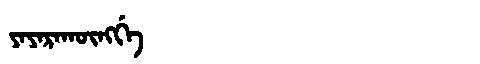
Manchu: ᠶᠠᠶᠠᡵᠠᡴᡡᠩᡤᡝ
Romanization: YAYARAKŪNGGE